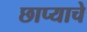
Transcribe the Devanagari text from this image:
छाप्याचे